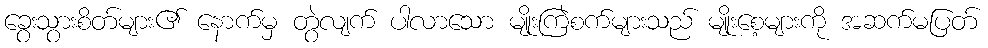
ခွေးသွားစိတ်များ၏ နောက်မှ တွဲလျက် ပါလာသော မျိုးကြဲစက်များသည် မျိုးစေ့များကို အဆက်မပြတ်